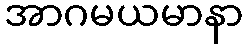
အာဂမယမာနာ